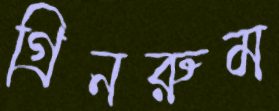
গ্রিনরুম